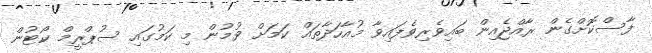
ފާސްކޮށްގެން ރާއްޖެއިން ބައިވެރިވެފައިވާ މުއާހަދާތައް ކަމަށް ވުމުން މި ކަމުގައި ސުޕްރީމް ކޯޓުން